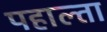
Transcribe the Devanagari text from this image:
पहाल्ता